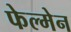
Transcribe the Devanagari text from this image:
फेल्मेन